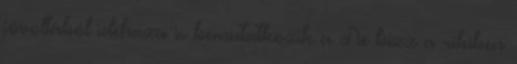
jóvoltából idehaza is bemutatkozik a Ne bízz a ribiben